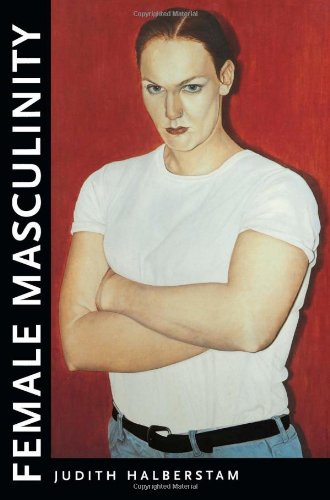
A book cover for Female Masculinity; Judith Halberstam; Gay & Lesbian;